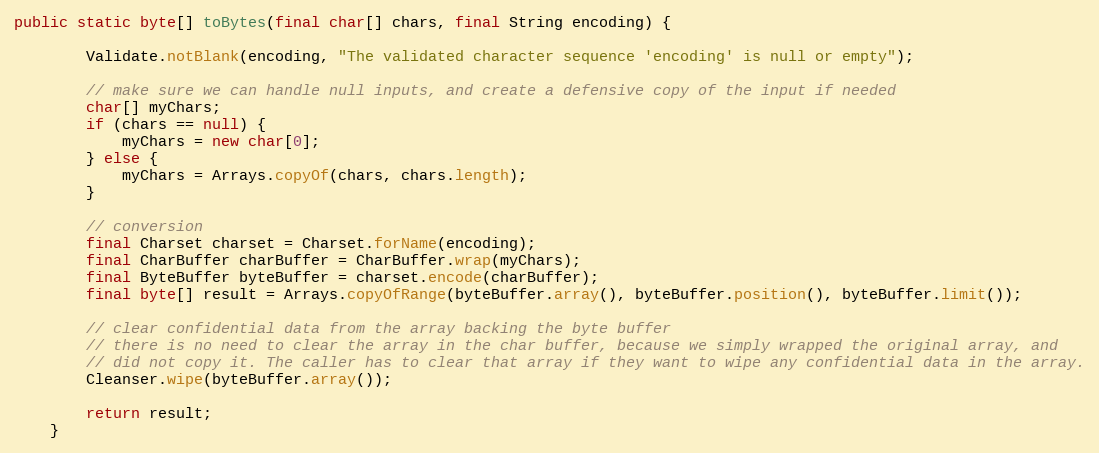
Language: Java
public static byte[] toBytes(final char[] chars, final String encoding) {

        Validate.notBlank(encoding, "The validated character sequence 'encoding' is null or empty");

        // make sure we can handle null inputs, and create a defensive copy of the input if needed
        char[] myChars;
        if (chars == null) {
            myChars = new char[0];
        } else {
            myChars = Arrays.copyOf(chars, chars.length);
        }

        // conversion
        final Charset charset = Charset.forName(encoding);
        final CharBuffer charBuffer = CharBuffer.wrap(myChars);
        final ByteBuffer byteBuffer = charset.encode(charBuffer);
        final byte[] result = Arrays.copyOfRange(byteBuffer.array(), byteBuffer.position(), byteBuffer.limit());

        // clear confidential data from the array backing the byte buffer
        // there is no need to clear the array in the char buffer, because we simply wrapped the original array, and
        // did not copy it. The caller has to clear that array if they want to wipe any confidential data in the array.
        Cleanser.wipe(byteBuffer.array());

        return result;
    }